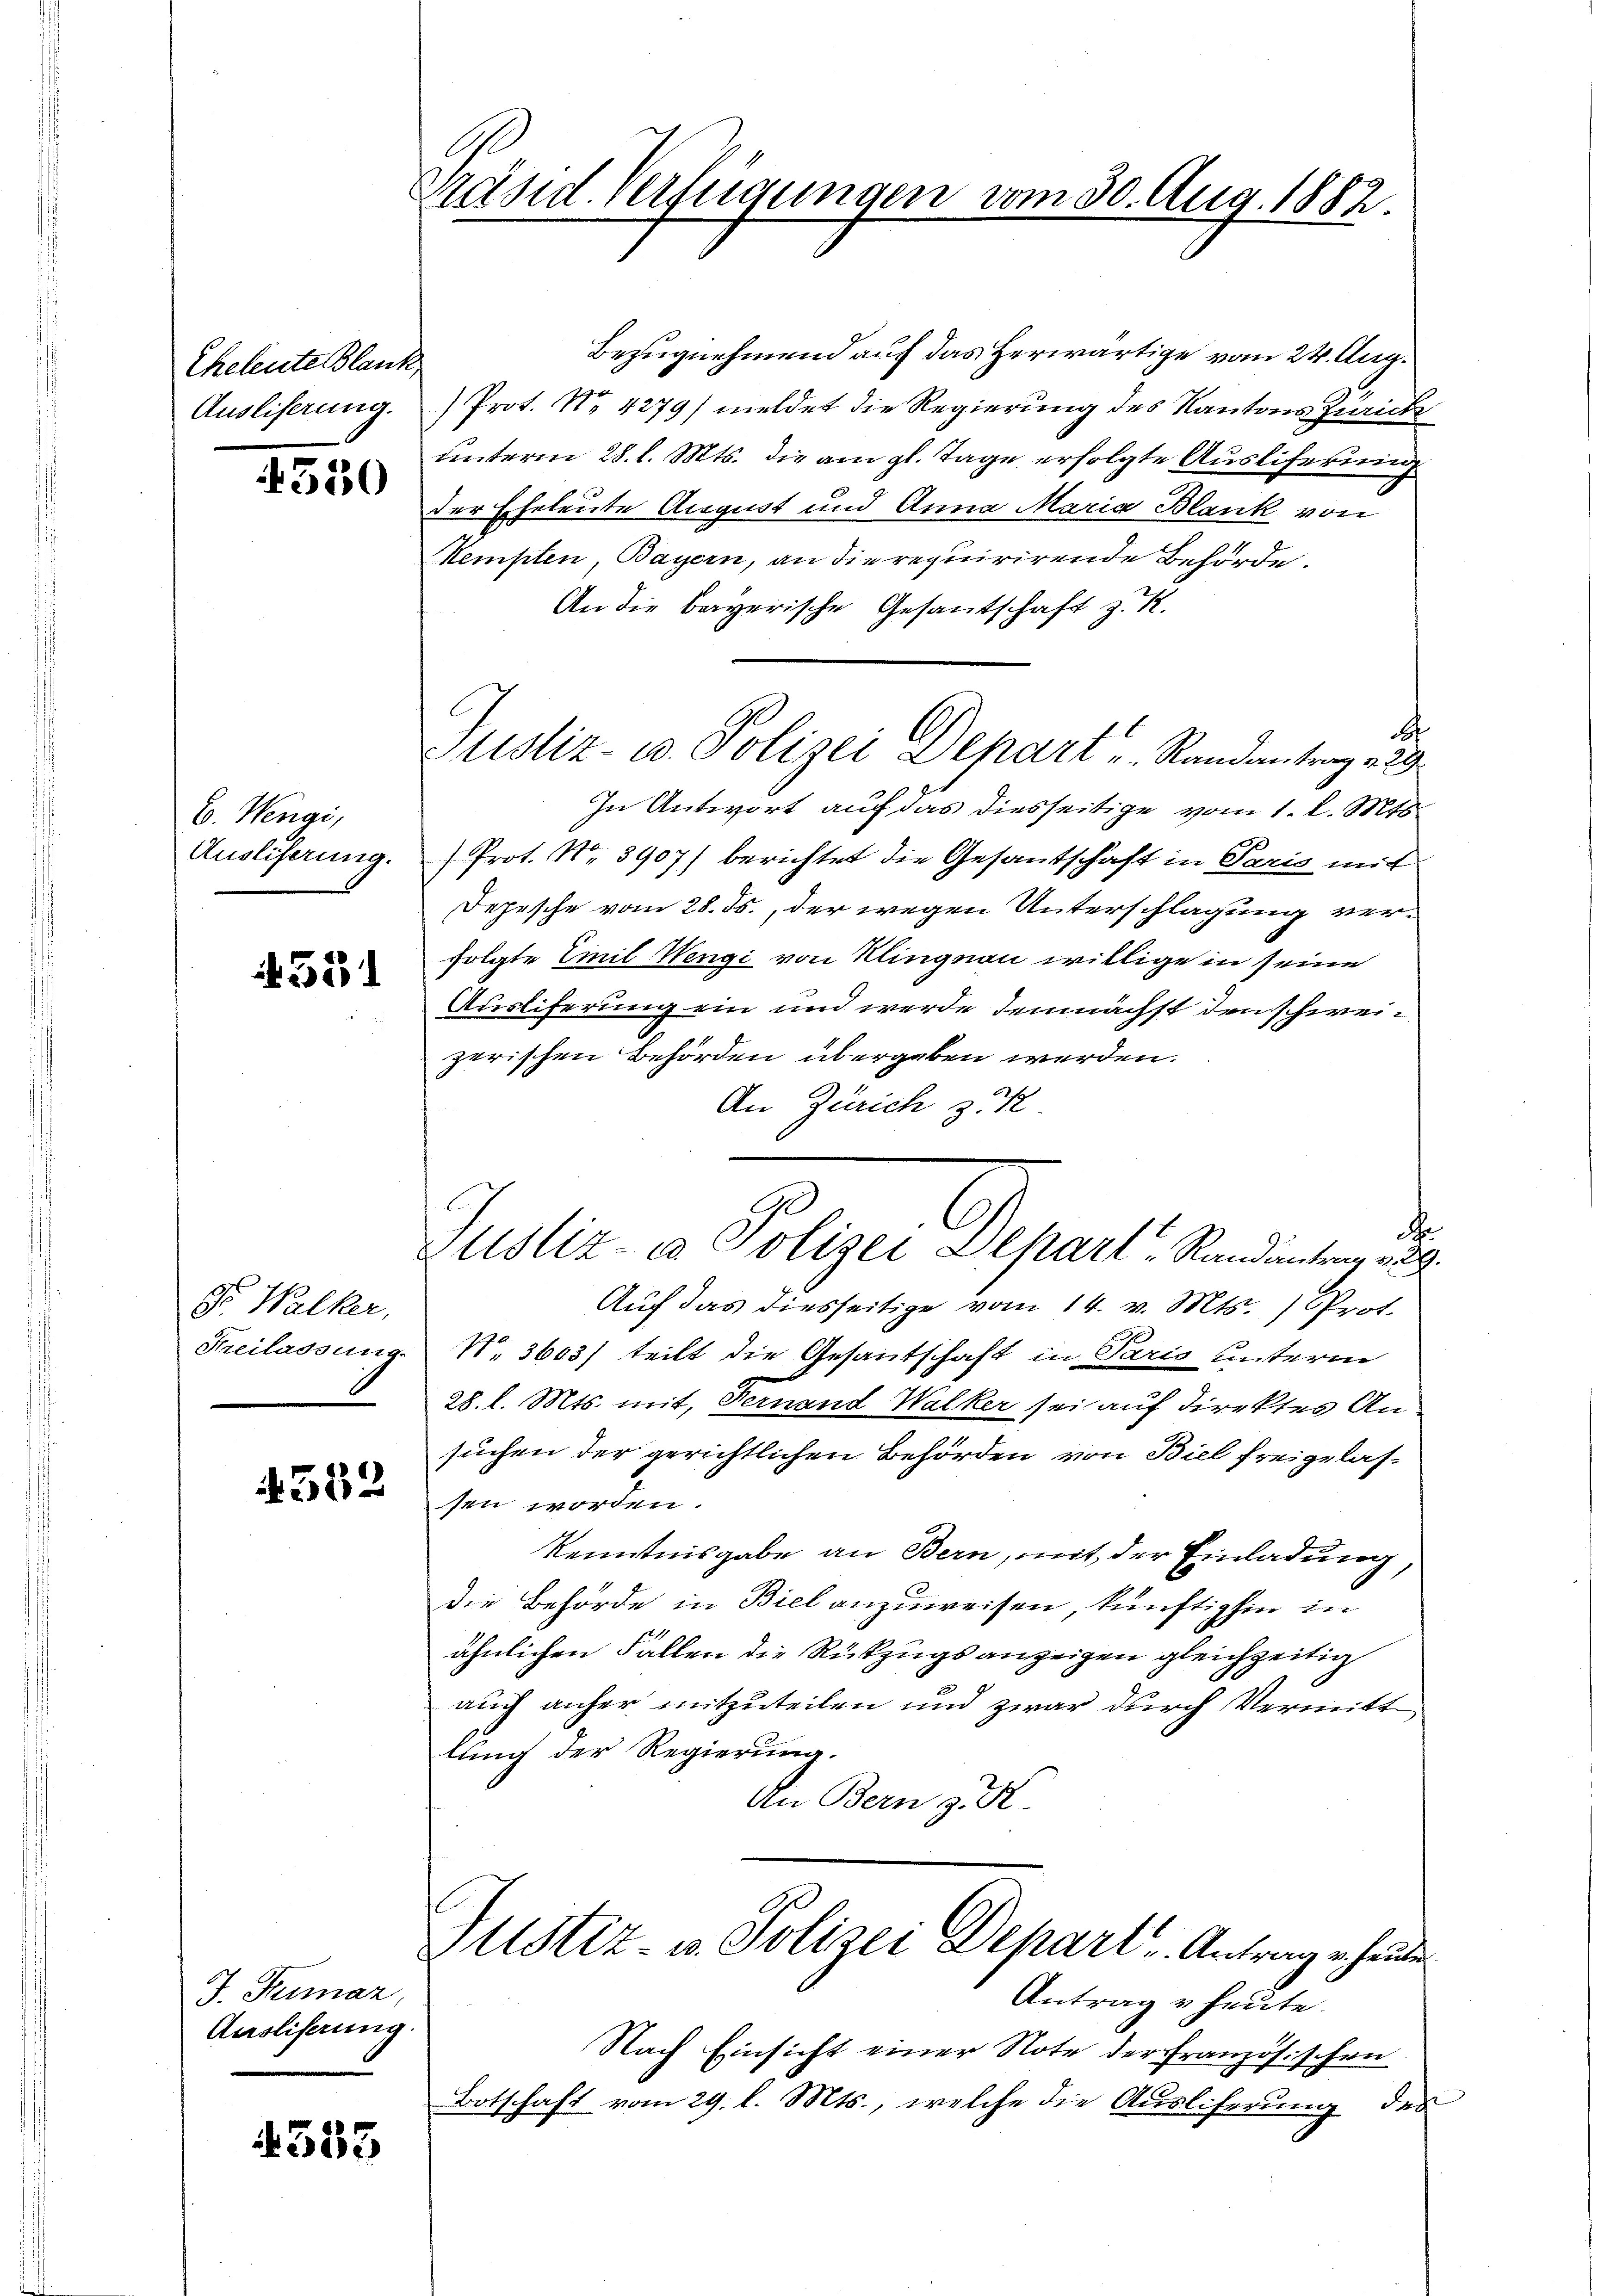
Eheleute Blank
Ausliferung.
4550

C. Wengi,
Ausliferung.

351

Dr. Walker,
Freilassung

4552

J. Rumaz
Ausliserung.

4533

präsid. Verfügungen vom 30. Aug. 1882.

Ctistiz- u. Polizei Depart Randantrag 229

Bezugnehmend auf das Herwärtige vom 24. Aug.
Prot. No 4279) meldet die Regierung des Kantons Zürich
unterm 28. l. Mts. die am gl. Tage erfolgte Ausliferung
der Eheleute August und Anna Maria Blank von
Kempten, Bayern, an die requirirende Behörde.
An die Bayerische Gesantschaft z. R.
s
In Antwort auf das diesseitige vom 1. l. Mts.
Prot. N. 3907) berichtet die Gesantschaft in Paris mit
Depesche vom 28. ds., der wegen Unterschlagung verfolgte Emil Wengi von Kling von willige in seine
Ausliferung ein und werde demnächst den schweizerischen Behörden übergeben werden.
An Zürich 3 K
F
Zustiz- & Polizei Depart, Randantrag v. 29.
Aŭf das diesseitige vom 14. v. Mts. ) Prot.
N 3603) teilt die Gesantschaft in Paris unterm
28. l. Mts. mit, Fernand Walker sei auf direktes Ansuchen der gerichtlichen Behörden von Biel freigelassen worden
Kenntnisgabe an Bern, mit der Einladung
die Behörde in Biel anzuweisen, künftighin in
ähnlichen Fallen die Rückzugs anzeigen gleichzeitig
auch anher mitzuteilen und zwar durch Vermitt
lung der Regierung.
An Bern z. R.

Justiz- u. Polizei Depart. Antrage heute

Antrag v heute.
Nach Einsicht einer Note der Französischen
Botschaft vom 29. l. Mts., welche die Ausliferung des